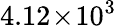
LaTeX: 4.12\! \times\! 10^{3}